Assam Mental Hospital (Tezpur, India) - 1933-1948
Year: 1933
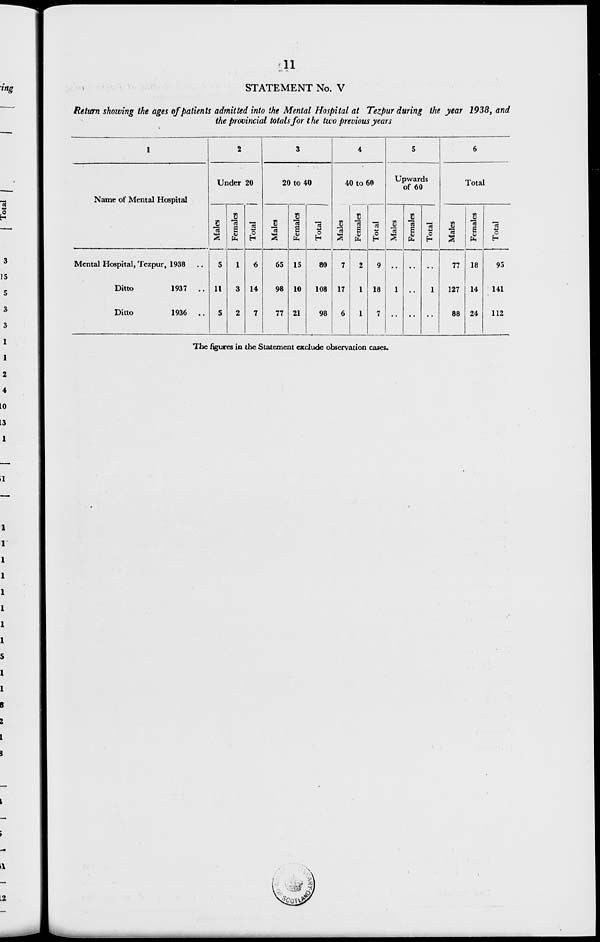
11
STATEMENT No. V
Return showing the ages of patients admitted into the Mental Hospital at Tezpur during the year 1938, and
the provincial totals for the two previous years
1
Name of Mental Hospital
Mental Hospital, Tezpur, 1938 ..
Ditto
1937 ..
Ditto
1936 ..
2
Under 20
Males
5
11
5
Females
1
3
2
Total
6
14
7
3
20 to 40
Males
65
98
77
Females
15
10
21
Total
80
108
98
4
40 to 60
Males
7
17
6
Females
2
1
1
Total
9
18
7
5
Upwards
of 60
Males
..
1
..
Females
..
..
..
Total
..
1
..
6
Total
Males
77
127
88
Females
18
14
24
Total
95
141
112
The figures in the Statement exclude observation cases.